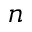
n